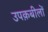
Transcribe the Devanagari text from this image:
उपक़बीलों